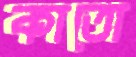
কাতো